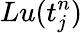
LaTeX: Lu(t_{j}^{n})